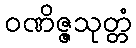
ဝဏိဇ္ဇသုတ္တံ